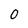
Character: 0